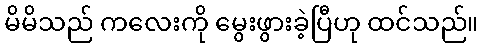
မိမိသည် ကလေးကို မွေးဖွားခဲ့ပြီဟု ထင်သည်။